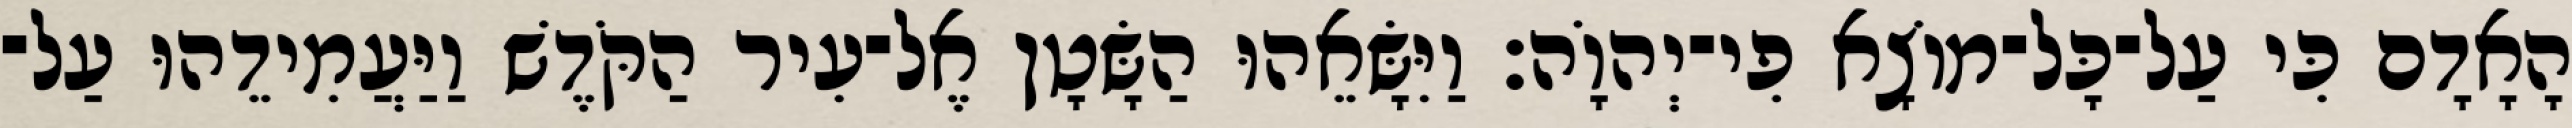
הָאָדָם כִּי עַל־כָּל־מוֹצָא פִי־יְהוָֹה׃ וַיִּשָּׂאֵהוּ הַשָּׂטָן אֶל־עִיר הַקֹּדֶשׁ וַיַּעֲמִידֵהוּ עַל־